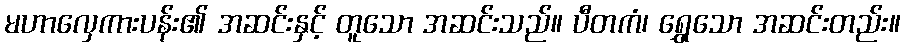
မဟာလှေကားပန်း၏ အဆင်းနှင့် တူသော အဆင်းသည်။ ပီတကံ၊ ရွှေသော အဆင်းတည်း။